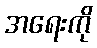
အရေးကို